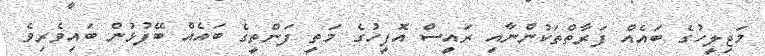
މަޖިލީހުގެ ބައެއް ފަރާތްތަކުންނާއި ރައީސް އޮފީހުގެ މަތީ ފަންތީގެ ބައެއް ބޭފުޅުން ބައިވެރިވެ